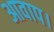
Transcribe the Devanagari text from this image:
आवाप।